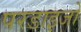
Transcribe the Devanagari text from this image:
परडाइजो